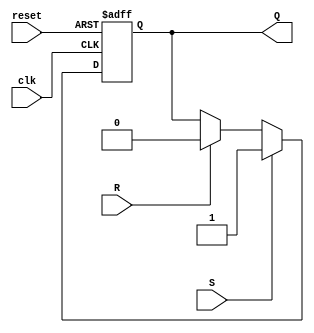
`timescale 1ns / 1ps
/*=================================================================================
 * Project:   CECS 460 Lab 2 - Transmit Engine
 *
 * Notes:     If S = 1, Q = 1, and if R = 1, Q = 0. 
 *
 * For Tramelblaze:
 *            If the Positive Edge Detect signal from the TX engine(S) is active,
 *            the tramelblaze will recieve the interrupt signal while if the 
 *            Interrupt Acknowledged flag(R) is active, the tramelblaze will not
 *            receive the interrupt signal.
 * For Transmit:
 *            If the LOADD1(S) signal is active, the signal DOIT for the Bit Time
 *            Counter and the Bit Counter while if the DONE(R) signal is active, 
 *            DOIT will be inactive.
=================================================================================*/
module RS_flop(clk, reset, S, R, Q);
   input        clk, reset, S, R;
   output reg   Q;
  
   always @(posedge clk, posedge reset)
      if(reset)
         Q <= 1'b0;
      else 
       begin
         if(S)
            Q <= 1'b1;
         else if(R)
            Q <= 1'b0;
       end

endmodule